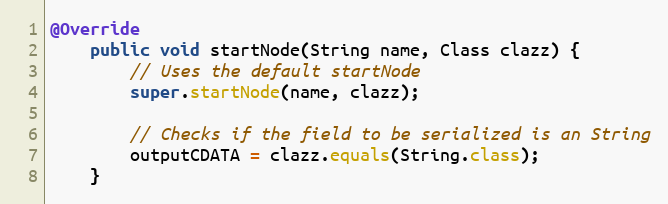
Language: Java
@Override
	public void startNode(String name, Class clazz) {
		// Uses the default startNode
		super.startNode(name, clazz);

		// Checks if the field to be serialized is an String
		outputCDATA = clazz.equals(String.class);
	}